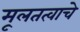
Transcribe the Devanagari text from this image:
मूलतत्वाचे